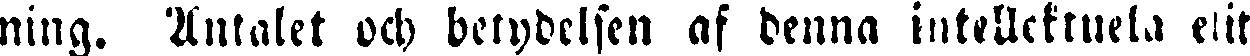
ning. Antalet och betydelsen af denna intellektuela elit